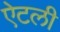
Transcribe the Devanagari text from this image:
ऐटली